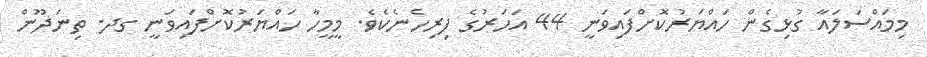
މިމައްސަލައާ ގުޅިގެން ހައްޔަރުކޮށްފައިވަނީ 44 އަހަރުގެ ފިރިހެނެކެވެ. މީމީހާ ހައްޔަރުކޮށްފައިވަނީ ގދ. ތިނަދޫން